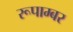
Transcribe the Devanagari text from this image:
रूपाम्बर